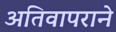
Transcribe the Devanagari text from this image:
अतिवापराने